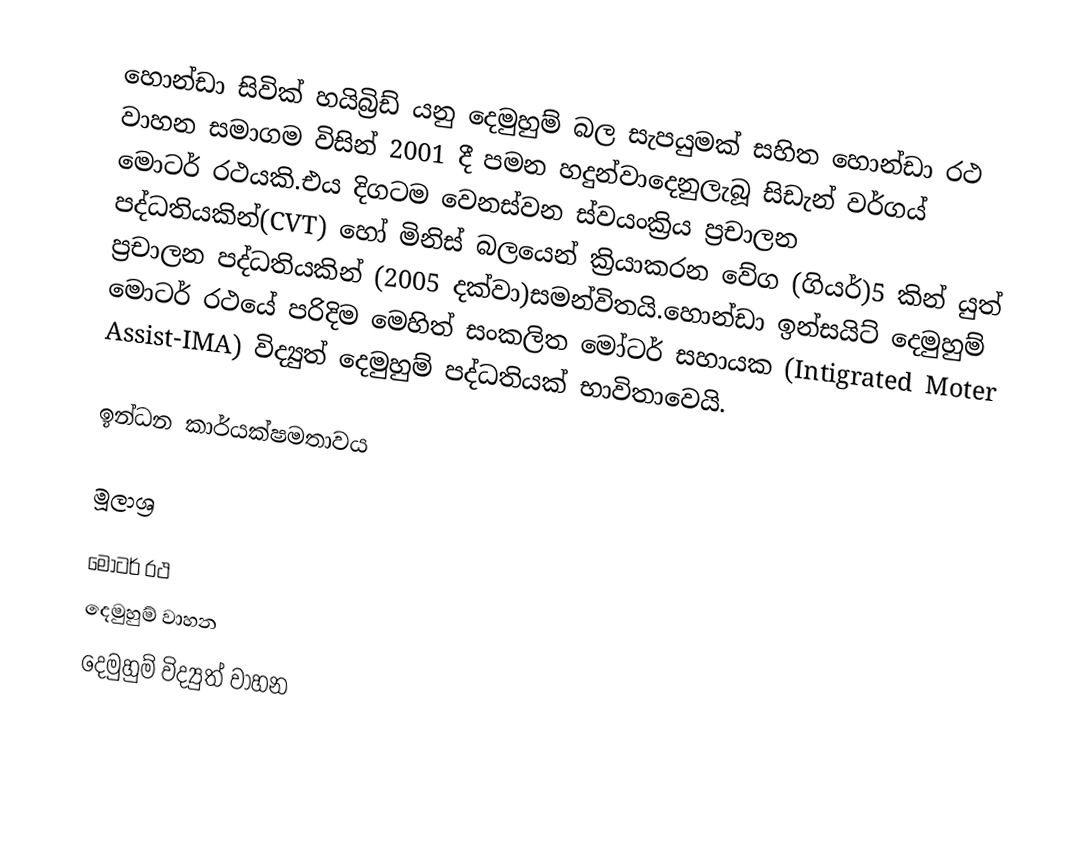
හොන්ඩා සිවික් හයිබ්‍රිඩ් යනු දෙමුහුම් බල සැපයුමක් සහිත හොන්ඩා රථ වාහන සමාගම විසින් 2001 දී පමන හදුන්වාදෙනුලැබූ සිඩැන් වර්ගය් මොටර් රථයකි.එය දිගටම වෙනස්වන ස්වයංක්‍රිය ප්‍රචාලන පද්ධතියකින්(CVT) හෝ මිනිස් බලයෙන් ක්‍රියාකරන වේග (ගියර්)5 කින් යුත්  ප්‍රචාලන පද්ධතියකින් (2005 දක්වා)සමන්විතයි.හොන්ඩා ඉන්සයිට් දෙමුහුම්  මොටර් රථයේ පරිදිම මෙහිත් සංකලිත මෝටර් සහායක (Intigrated Moter Assist-IMA) විද්‍යුත් දෙමුහුම් පද්ධතියක් භාවිතාවෙයි.

ඉන්ධන කාර්යක්ෂමතාවය

මූලාශ්‍ර

මෝටර් රථ
දෙමුහුම් වාහන
දෙමුහුම් විද්‍යුත් වාහන